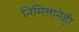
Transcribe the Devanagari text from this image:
निमित्तानेही